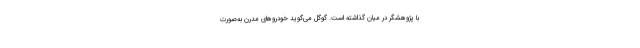
با پژوهشگر در میان گذاشته است. گوگل می‌گوید خودروهای مدرن به‌صورت